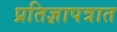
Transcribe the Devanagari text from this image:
प्रतिज्ञापत्रात